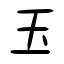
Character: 玉